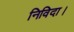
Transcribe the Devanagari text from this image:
निविदा।